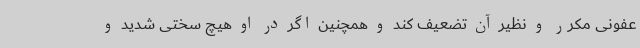
عفونی مکرر و نظیر آن تضعیف کند و همچنین اگر در او هیچ سختی شدید و